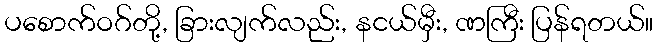
ပစောက်ဝဂ်တို့, ခြားလျက်လည်း, နငယ်မှီး, ဏကြီး ပြန်ရတယ်။